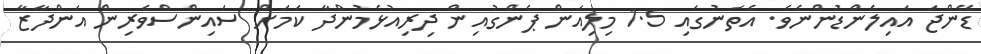
ޑޭންޖަ އައިލެންޑުންނެވެ. އެތަނުގައި 1.5 މިލިއަން ޕެންގުއިން ދިރިއުޅެމުންދާ ކަމަށް ސައިންސްވެރިން އަންދާޒާ